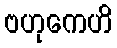
ဗဟုကေဟိ